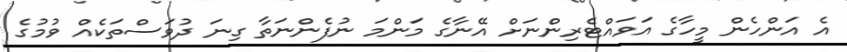
އެ އަންހެން މީހާގެ އަަވައްޓެރިންނަށް އޭނާގެ މަންމަ ނުފެންނަތާ ގިނަ ދުވަސްތަކެއް ވުުމުގެ